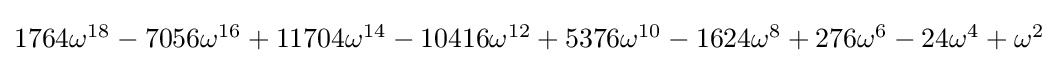
{\textstyle 1764\omega ^{18}-7056\omega ^{16}+11704\omega ^{14}-10416\omega ^{12}+5376\omega ^{10}-1624\omega ^{8}+276\omega ^{6}-24\omega ^{4}+\omega ^{2}}